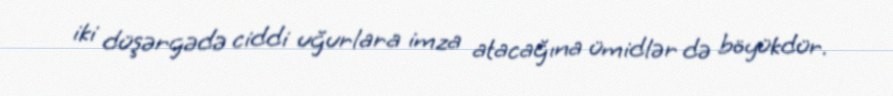
iki düşərgədə ciddi uğurlara imza atacağına ümidlər də böyükdür.